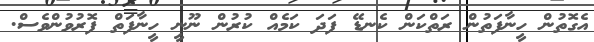
އެގޮތުން ހީނާފަތުން ރަތްކަން ކެނޑޭ ފަދަ ކަމެއް ކުރުން ނޫނީ ހީނާފަތް ފޮރުވުންވެސް.